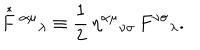
\stackrel { * } { F } { } ^ { \alpha \mu } { } _ { \lambda } \equiv \frac { 1 } { 2 } \, \eta ^ { \alpha \mu } { } _ { \nu \sigma } \, F ^ { \nu \sigma } { } _ { \lambda } .